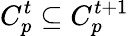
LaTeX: C_{p}^{t}\subseteq C_{p}^{t+1}